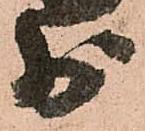
少